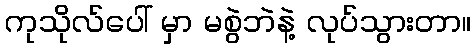
ကုသိုလ်ပေါ် မှာ မစွဲဘဲနဲ့ လုပ်သွားတာ။